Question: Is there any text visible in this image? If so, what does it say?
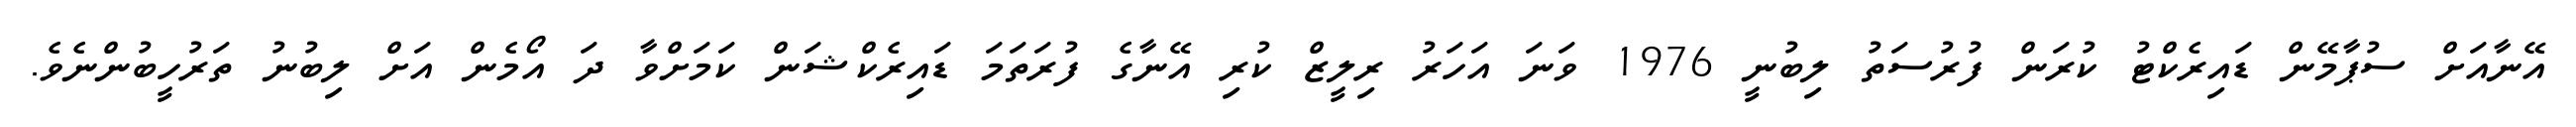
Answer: އޭނާއަށް ސުޕާމޭން ޑައިރެކްޓު ކުރަން ފުރުސަތު ލިބުނީ 1976 ވަނަ އަހަރު ރިލީޒް ކުރި އޭނާގެ ފުރަތަމަ ޑައިރެކްޝަން ކަމަށްވާ ދަ އޯމެން އަށް ލިބުނު ތަރުހީބުންނެވެ.